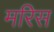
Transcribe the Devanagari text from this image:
मरिस